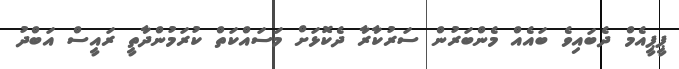
ޕީޕީއެމް ދެބައިވެ ބައެއް މެންބަރުން ސަރުކާރާ ދެކޮޅަށް މަސައްކަތް ކުރަމުންދާތީ ރައީސް އަބްދު